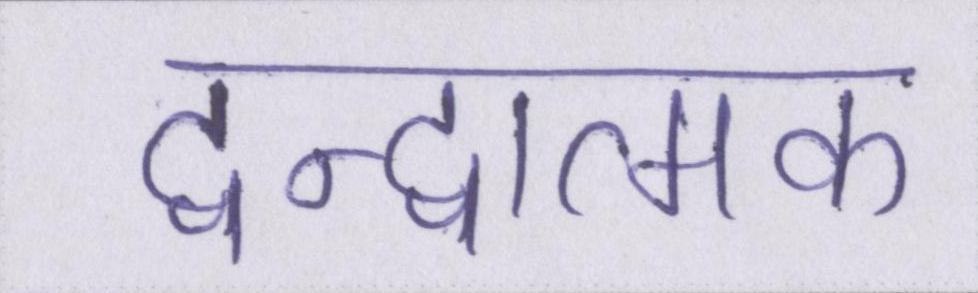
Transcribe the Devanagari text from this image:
द्वन्द्वात्मक